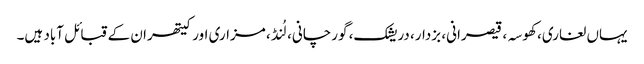
یہاں لغاری، کھوسہ، قیصرانی، بزدار، دریشک، گورچانی، لُنڈ، مزاری اور کیتھران کے قبائل آباد ہیں۔